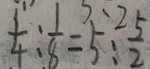
\frac { 1 } { 4 } : \frac { 1 } { 8 } = 5 : \frac { 5 } { 2 }